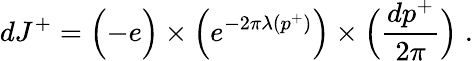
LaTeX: dJ^{+}=\Bigl(-e\Bigr)\times\Bigl(e^{-2\pi\lambda(p^{+})}\Bigr)\times\Bigl({\frac{dp^{+}}{2\pi}}\Bigr)\; .